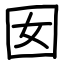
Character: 囡